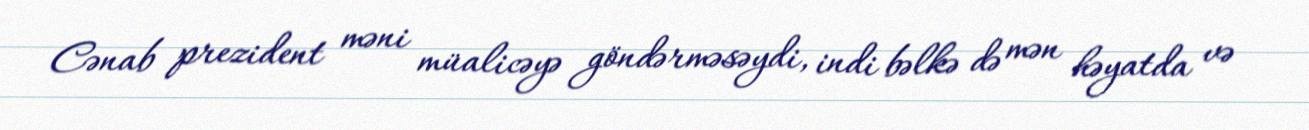
Cənab prezident məni müalicəyə göndərməsəydi, indi bəlkə də mən həyatda və